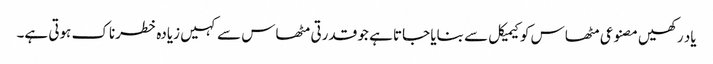
یاد رکھیں مصنوعی مٹھاس کو کیمیکل سے بنایا جاتا ہے جو قدرتی مٹھاس سے کہیں زیادہ خطرناک ہوتی ہے۔